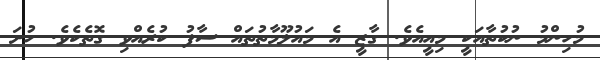
މުހިންމު ނުކުތާއަކީ މިއީއެވެ. ގާޒީ އެ މައުލޫމާތުތައް ސާފު ކުރެއްވި ގޮތެކެވެ. ހުށަ